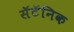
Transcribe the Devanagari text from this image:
सॅटॅनिक